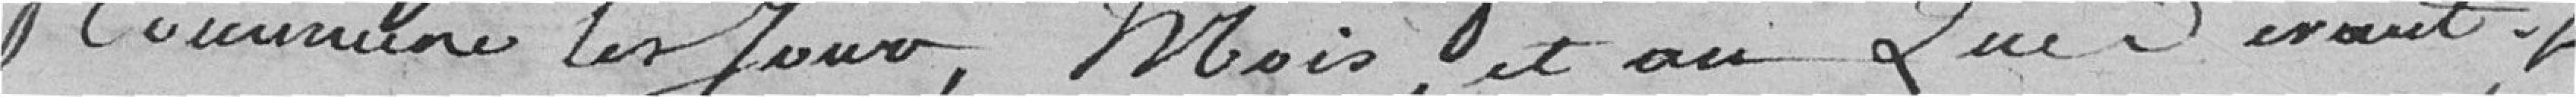
Communale les jours, mois et an Que devant